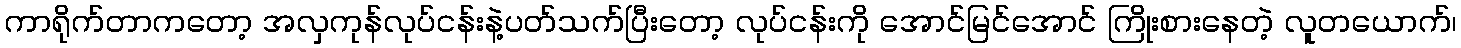
ကာရိုက်တာကတော့ အလှကုန်လုပ်ငန်းနဲ့ပတ်သက်ပြီးတော့ လုပ်ငန်းကို အောင်မြင်အောင် ကြိုးစားနေတဲ့ လူတယောက်၊